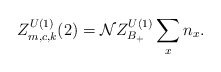
\begin{align*}Z_{m,c,k}^{U(1)}(2)={\cal N} Z_{B_+}^{U(1)} \sum_x n_x.\end{align*}